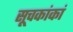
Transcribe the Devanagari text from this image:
सूचकांकां